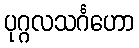
ပုဂ္ဂလသင်္ဂဟော